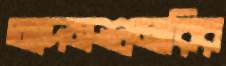
আদমশুমারির